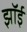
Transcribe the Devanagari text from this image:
झॉई